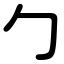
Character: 勹